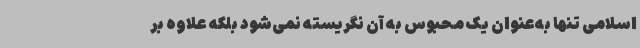
اسلامی تنها به‌عنوان یک محبوس به آن نگریسته نمی‌شود بلکه علاوه بر